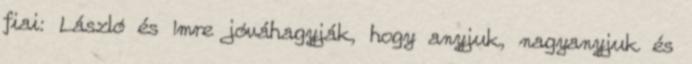
fiai: László és Imre jóváhagyják, hogy anyjuk, nagyanyjuk és